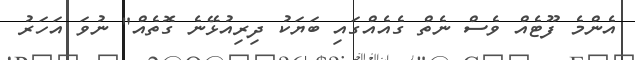
އެންމެ ފޫޓެއް ވެސް ނެތް ގެއެއްގައި ބަޔަކު ދިރިއުޅޭނެ ގޮތެއް" ނުވަ އަހަރު